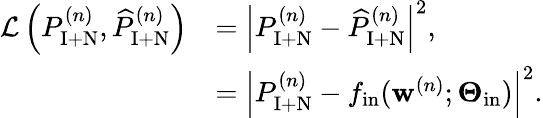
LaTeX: \begin{array}{rl}{\mathcal{L}\left(P_{\mathrm{I+N}}^{(n)},\widehat{P}_{\mathrm{I+N}}^{(n)}\right)}&{=\left|P_{\mathrm{I+N}}^{(n)}-\widehat{P}_{\mathrm{I+N}}^{(n)}\right|^{2},}\\ &{=\left|P_{\mathrm{I+N}}^{(n)}-f_{\mathrm{in}}(\mathbf{w}^{(n)};\boldsymbol{\Theta}_{\mathrm{in}})\right|^{2}.}\end{array}